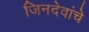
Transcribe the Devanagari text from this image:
जिनदेवांचे